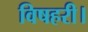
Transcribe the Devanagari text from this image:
विषहरी।